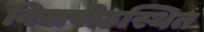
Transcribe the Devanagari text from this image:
विद्यापीठस्थित